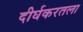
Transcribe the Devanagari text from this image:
दीर्घकरतला